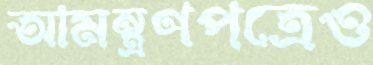
আমন্ত্রণপত্রেও